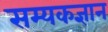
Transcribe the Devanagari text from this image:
सम्यकज्ञान